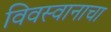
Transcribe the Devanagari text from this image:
विवस्वानाचा